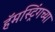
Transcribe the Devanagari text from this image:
हॅमस्ट्रिंगच्या